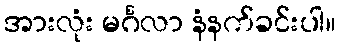
အားလုံး မင်္ဂလာ နံနက်ခင်းပါ။